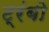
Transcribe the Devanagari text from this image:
ट्रंबो